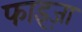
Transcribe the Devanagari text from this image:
फाइज़ा